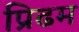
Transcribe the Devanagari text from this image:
प्रिढम